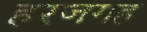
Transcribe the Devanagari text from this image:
हरजगह